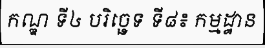
កណ្ឌ ទី៤ បរិច្ឆេទ ទី៨៖ កម្មដ្ឋាន